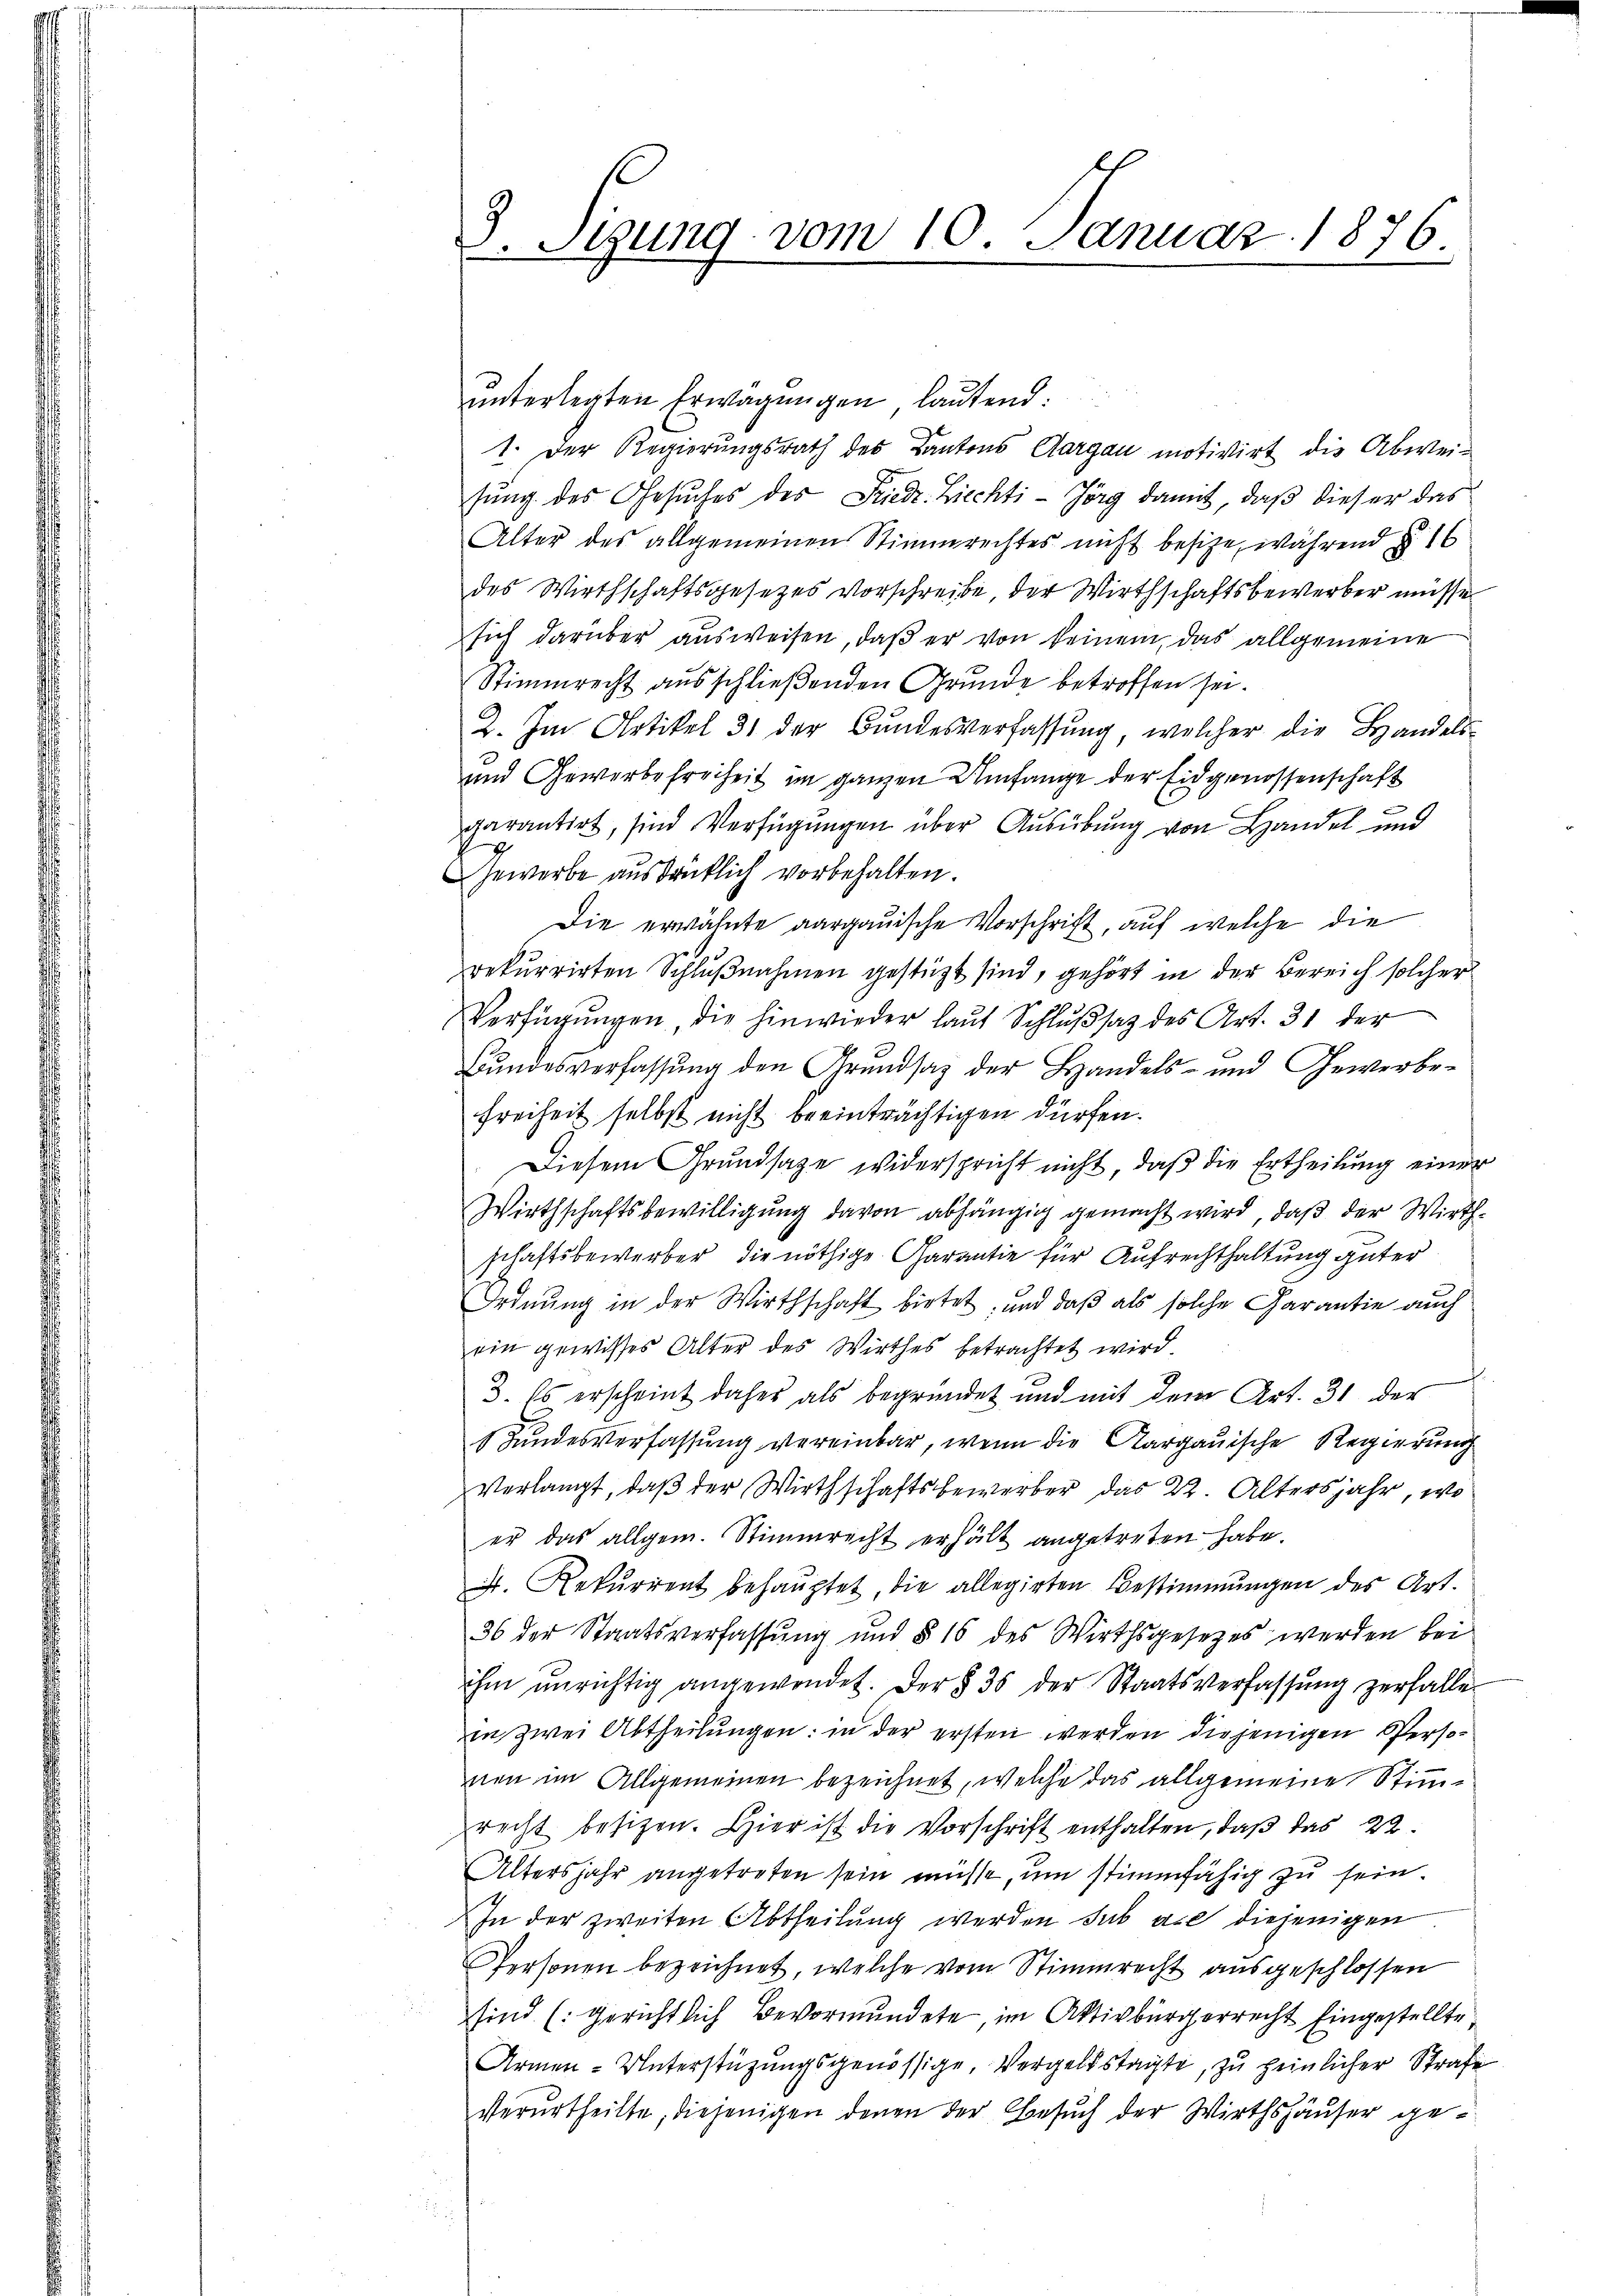
3. Stung vom 10. Januar 1876.

uunterlegten Erwägungen, lautend:
1. Der Regierungsrath des Kantons Aargau motivirt die Abweisŭng des Gesŭches des Friedr. Ziechti-Jörg damit, daß dieser das
Alter des allgemeinen Stimmrechtes nicht besitze, während § 1
des Wirthschaftsgesetzes vorschreibe, der Wirthschaftsbewerber müsse
sich darüber ausweisen, daß er von keinem, das allgemeine
Stimmrecht ausschließenden Grunde betroffen sei.
2. Im Artikel 31 der Bundesverfassung, welcher die Handels-
und Gewerbefreiheit im ganzen Umfange der Eidgenossenschaft
d
garantirt, sind Verfügungen über Ausübung von Handel und
Gewerbe ausdrücklich vorbehalten.
Die erwähnte aargauische Vorschrift, auf welche die
rekurrirten Schlŭβnahmen gestützt sind, gehört in der Bereich solcher
Verfügungen, die hinwieder laut Schlußsatz des Art. 31 der
Bundesverfassung den Grundsaz der Handels- und Gewerbefreiheit selbst nicht beeinträchtigen dürfen.
Diesem Grundsaze widerspricht nicht, daß die Ertheilung einer
Wirthschaftsbewilligung davon abhängig gemacht wird, daß der Wirthschaftsbewerber die nöthige Garantie für Aufrechthaltung güter
Ordnung in der Wirthschaft bietet, und daß als solche Carantie auch
ein gewisses Alter des Wirthes betrachtet wird.
3. Es erscheint daher als begründet und mit dem Art. 31 der
8 Fundesverfassung vereinbar, wenn die Aargauische Regierung
verlangt, daß der Wirthschaftsbewerber das 22. Altersjahr, wo
er das allgem. Stimmrecht erhält angetreten habe.
. Rekurrent behaŭptet, die allegirten Bestimmungen des Art.
36 der Staatsverfassung und § 16 des Wirthsgesetzes werden bei
ihm unrichtig angewendet. Der § 35 der Staatsverfassung zerfalle
in zwei Abtheilungen: in der ersten werden diejenigen Personen im Allgemeinen bezeichnet, welche das allgemeine Stimmrecht besitzen. Hier ist die Vorschrift enthalten, daß das 22.
Altersjahr angetreten sein müsse, um stimmfähig zu sein.
In der zweiten Abtheilung werden sub als diejenigen
Personen bezeichnet, welche vom Stimmrecht ausgeschlossen
sind (gerichtlich Bevormundete, im Aktivbürgerrecht Eingestellte,
Armen-Unterstützungsgenössige, Vergeldstagte, zu heinlicher Strafe
verurtheilte, diejenigen denen der Besuch der Wirthshäuser ge¬